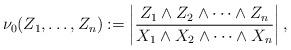
LaTeX: \begin{align*} \nu_0(Z_1,\ldots, Z_n) := \left|\frac{Z_1\wedge Z_2\wedge \cdots \wedge Z_n}{X_1\wedge X_2\wedge \cdots \wedge X_n}\right|,\end{align*}